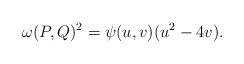
\begin{align*}\omega(P,Q)^2 = \psi(u,v)(u^2 - 4v).\end{align*}